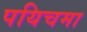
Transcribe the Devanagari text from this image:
पयिचमा